Insane asylums Bombay 1873-77 - 1873-1877
Year: 1873
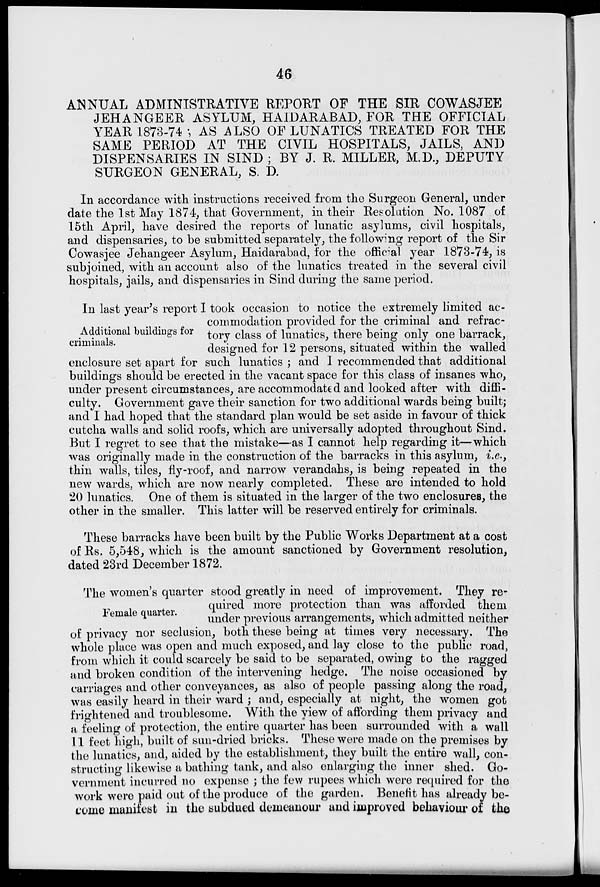
46
ANNUAL ADMINISTRATIVE REPORT OF THE SIR COWASJEE
JEHANGEER ASYLUM, HAIDARABAD, FOR THE OFFICIAL
YEAR 1873-74; AS ALSO OF LUNATICS TREATED FOR THE
SAME PERIOD AT THE CIVIL HOSPITALS, JAILS, AND
DISPENSARIES IN SIND ; BY J. R. MILLER, M.D., DEPUTY
SURGEON GENERAL, S. D.
In accordance with instructions received from the Surgeon General, under
date the 1st May 1874, that Government, in their Resolution No. 1087 of
15th April, have desired the reports of lunatic asylums, civil hospitals,
and dispensaries, to be submitted separately, the following report of the Sir
Cowasjee Jehangeer Asylum, Haidarabad, for the official year 1873-74, is
subjoined, with an account also of the lunatics treated in the several civil
hospitals, jails, and dispensaries in Sind during the same period.
Additional buildings for
criminals.
In last year's report I took occasion to notice the extremely limited ac-
commodation provided for the criminal and refrac-
tory class of lunatics, there being only one barrack,
designed for 12 persons, situated within the walled
enclosure set apart for such lunatics; and I recommended that additional
buildings should be erected in the vacant space for this class of insanes who,
under present circumstances, are accommodated and looked after with diffi-
culty. Government gave their sanction for two additional wards being built;
and I had hoped that the standard plan would be set aside in favour of thick
cutcha walls and solid roofs, which are universally adopted throughout Sind.
But I regret to see that the mistake—as I cannot help regarding it—which
was originally made in the construction of the barracks in this asylum, i.e.,
thin walls, tiles, fly-roof, and narrow verandahs, is being repeated in the
new wards, which are now nearly completed. These are intended to hold
20 lunatics. One of them is situated in the larger of the two enclosures, the
other in the smaller. This latter will be reserved entirely for criminals.
These barracks have been built by the Public Works Department at a cost
of Rs. 5,548, which is the amount sanctioned by Government resolution,
dated 23rd December 1872.
Female quarter.
The women's quarter stood greatly in need of improvement. They re-
quired more protection than was afforded them
under previous arrangements, which admitted neither
of privacy nor seclusion, both these being at times very necessary. The
whole place was open and much exposed, and lay close to the public road,
from which it could scarcely be said to be separated, owing to the ragged
and broken condition of the intervening hedge. The noise occasioned by
carriages and other conveyances, as also of people passing along the road,
was easily heard in their ward ; and, especially at night, the women got
frightened and troublesome. With the view of affording them privacy and
a feeling of protection, the entire quarter has been surrounded with a wall
11 feet high, built of sun-dried bricks. These were made on the premises by
the lunatics, and, aided by the establishment, they built the entire wall, con-
structing likewise a bathing tank, and also enlarging the inner shed. Go-
vernment incurred no expense; the few rupees which were required for the
work were paid out of the produce of the garden. Benefit has already be-
come manifest in the subdued demeanour and improved behaviour of the